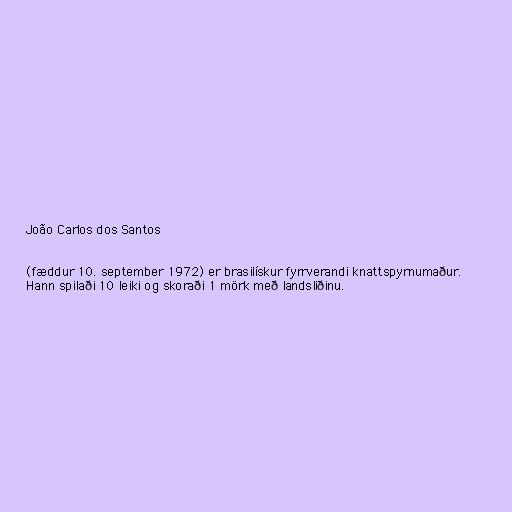
João Carlos dos Santos

(fæddur 10. september 1972) er brasilískur fyrrverandi knattspyrnumaður.
Hann spilaði 10 leiki og skoraði 1 mörk með landsliðinu.